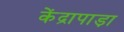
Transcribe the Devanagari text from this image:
केंद्रापाड़ा